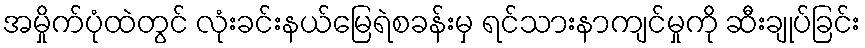
အမှိုက်ပုံထဲတွင် လုံးခင်းနယ်မြေရဲစခန်းမှ ရင်သားနာကျင်မှုကို ဆီးချုပ်ခြင်း